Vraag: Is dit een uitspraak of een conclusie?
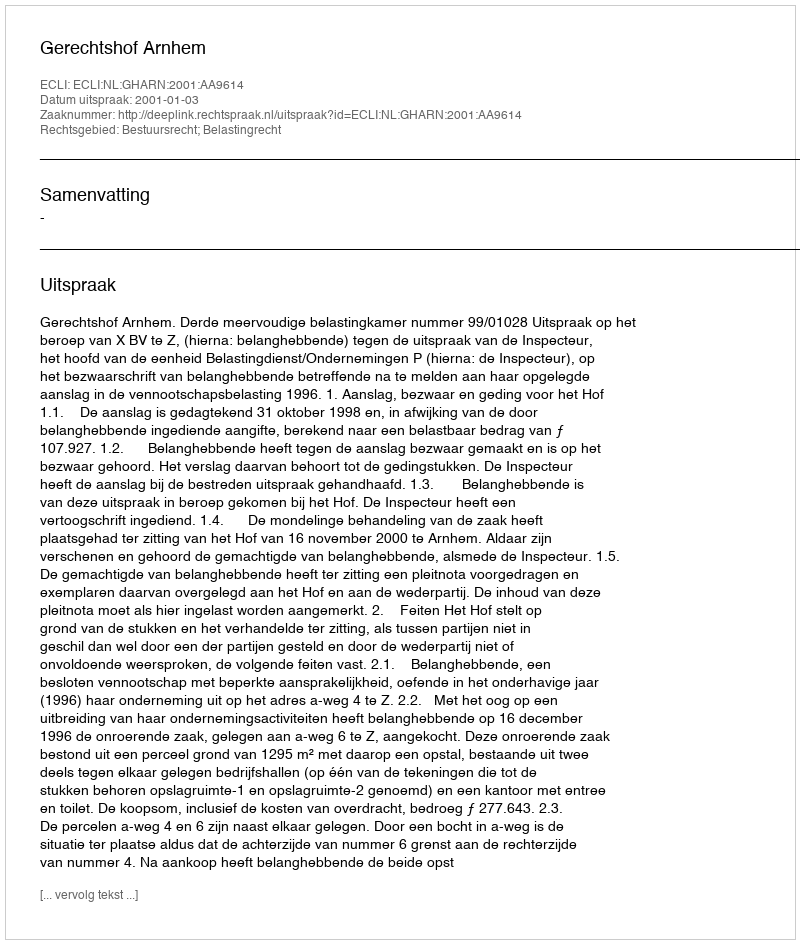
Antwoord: Uitspraak